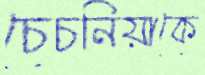
চেচনিয়াকে